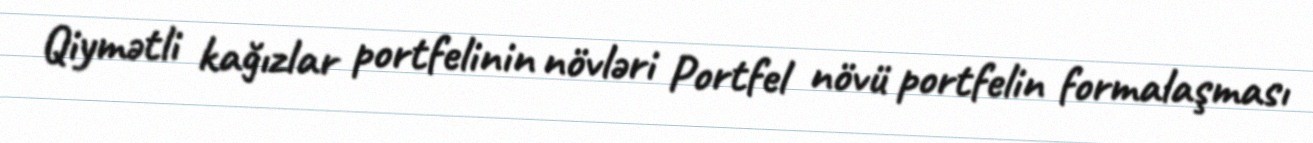
Qiymətli kağızlar portfelinin növləri Portfel növü portfelin formalaşması